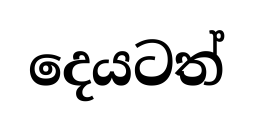
දෙයටත්